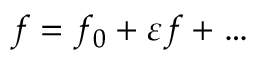
f = f _ { 0 } + \varepsilon f + \dots